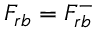
F _ { r b } = F _ { r b } ^ { - }